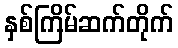
နှစ်ကြိမ်ဆက်တိုက်